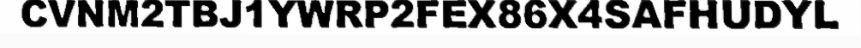
CVNM2TBJ1YWRP2FEX86X4SAFHUDYL